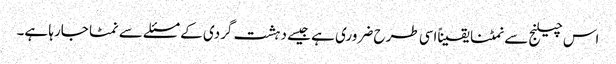
اس چیلنج سے نمٹنا یقیناًاسی طرح ضروری ہے جیسے دہشت گردی کے مسئلے سے نمٹا جارہا ہے۔